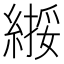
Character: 𫃸